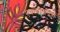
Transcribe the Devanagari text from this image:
एकबीजपत्रों